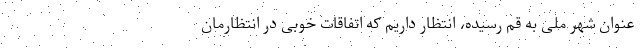
عنوان شهر ملی به قم رسیده، انتظار داریم که اتفاقات خوبی در انتظارمان